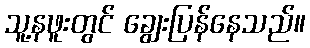
သူ့နဖူးတွင် ချွေးပြန်နေသည်။